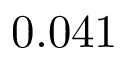
0 . 0 4 1